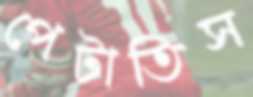
পেটাতিস